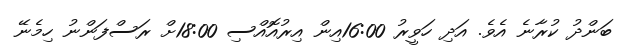
ބަންދު ކުރާނެ އެވެ. އަދި ހަވީރު 16:00އިން އިރުއޮއްސި 18:00ށް ރަސްފަންނު ހިމެނޭ